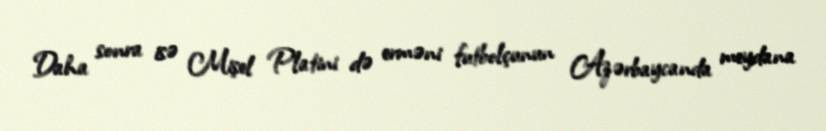
Daha sonra isə Mişel Platini də erməni futbolçunun Azərbaycanda meydana